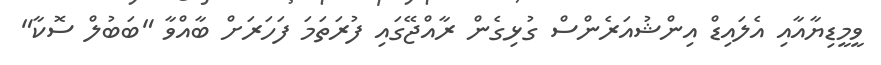
ވީމީޑިޔާއާއި އެލައިޑް އިންޝުއަރެންސް ގުޅިގެން ރާއްޖޭގައި ފުރަތަމަ ފަހަރަށް ބާއްވާ "ބަބުލް ސޮކާ"